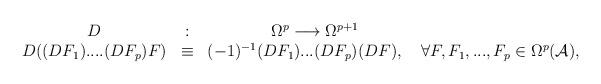
LaTeX: \begin{align*}\begin{array}{ccc} D &:& \Omega^p \longrightarrow \Omega^{p+1} \hskip 4cm \\ D((DF_1)....(DF_p) F) &\equiv& (-1)^{-1} (DF_1)...(DF_p) (DF), ~~~\forall F, F_1,..., F_p \in \Omega^p({\cal A}),\end{array}\end{align*}